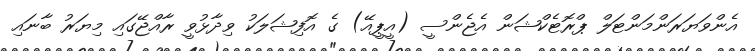
އެންވަޔަރަންމަންޓަލް ޕްރޮޓެކްޝަން އެޖެންސީ (އީޕީއޭ) ގެ އޮފިޝަލަކު ވިދާޅުވީ ރާއްޖޭގައި މިޔަރު ބާނައި